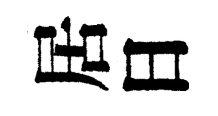
居日